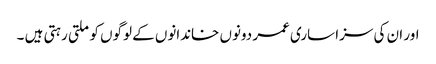
اور ان کی سزا ساری عمر دونوں خاندانوں کے لوگوں کو ملتی رہتی ہیں ۔